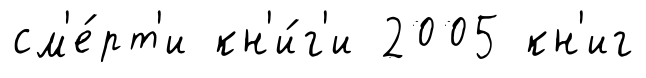
см'е́рт'и кн'и́г'и 2005 кн'иг